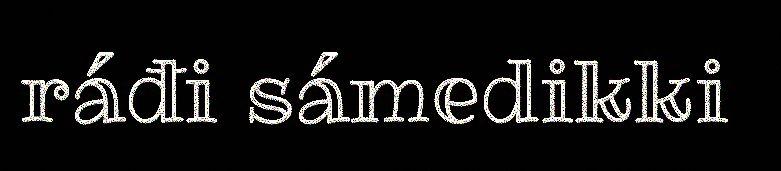
ráđi sámedikki